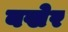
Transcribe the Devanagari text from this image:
बखेर